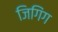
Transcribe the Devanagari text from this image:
जिगिंग